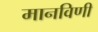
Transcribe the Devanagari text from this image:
मानविणी